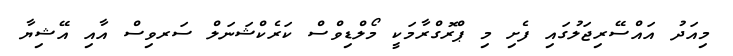
މިއަދު އައްސޭރިޖަލުގައި ފެށި މި ޕްރޮގްރާމަކީ މޯލްޑިވްސް ކަރެކްޝަނަލް ސަރވިސް އާއި އޭޝިޔާ